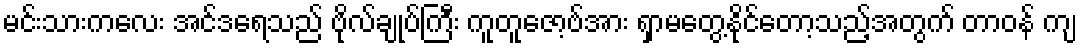
မင်းသားကလေး အင်ဒရေသည် ဗိုလ်ချုပ်ကြီး ကူတူဇော့ဗ်အား ရှာမတွေ့နိုင်တော့သည့်အတွက် တာဝန် ကျ